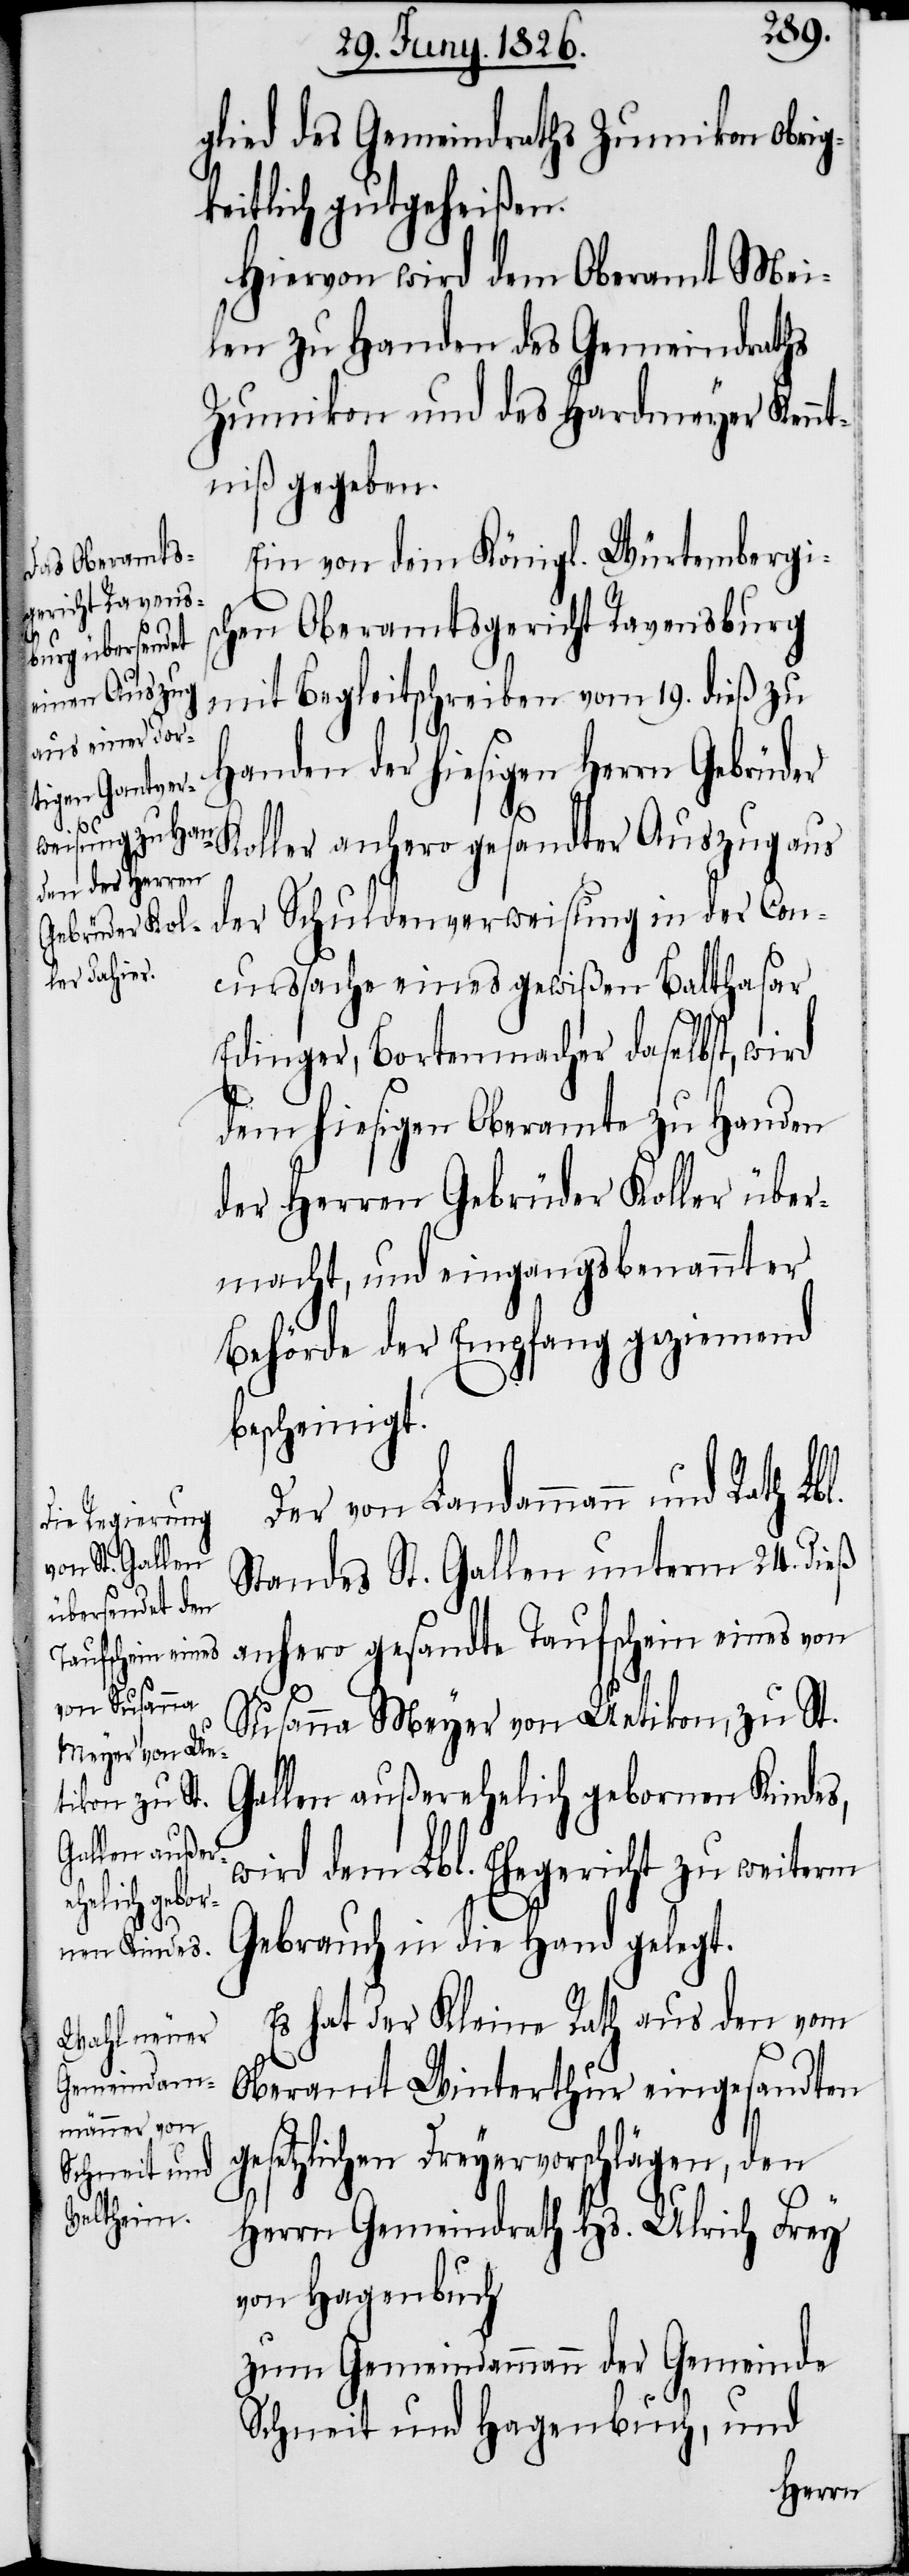
ge¬

glied des Gemeindraths Zumikon Obrig¬
keitlich gutgeheißen.
Hiervon wird dem Oberamt Mei¬
len zu Handen des Gemeindraths
Zumikon und des Hardmeyer Kennt¬
niß gegeben.
Ein von dem Königl. Würtembergi¬
schen Oberamtsgericht Ravensburg
mit Begleitschreiben vom 19. dieß zu
Handen der hiesigen Herrn Gebrüder
Koller anhero gesandter Auszug aus
der Schuldenverweisung in der Con¬
curssache eines gewißen Balthasar
Edinger, Bortenmacher daselbst, wird
dem hiesigen Oberamte zu Handen
der Herren Gebrüder Koller über¬
macht, und eingangsbenannter
Behörde der Empfang geziemend
bescheinigt.
Der von Landammann und Rath
Standes St. Gallen unterm 24. dieß
anhero gesandte Taufschein eines von
Susanna Meyer von Uetikon, zu St.
Gallen außerehlich gebornen Kindes,
wird dem Lbl. Ehegericht zu weiterm
Gebrauch in die Hand gelegt.
Es hat der Kleine Rath aus den vom
Oberamt Winterthur eingesandten
setzlichen Dreyervorschlägen, den
Herrn Gemeindrath Hs. Ulrich Frey
von Hagenbuch
zum Gemeindammann der Gemeinde
Schneit und Hagenbuch, und